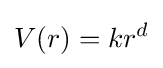
V(r)=kr^{d}